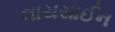
લાયસાઈન